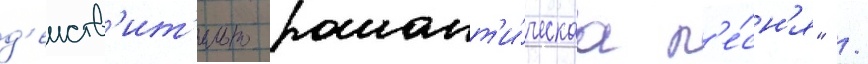
д'еиств'ит'ельно романт'и́ческаа п'е́сн'я" /